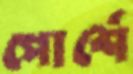
পোর্শে